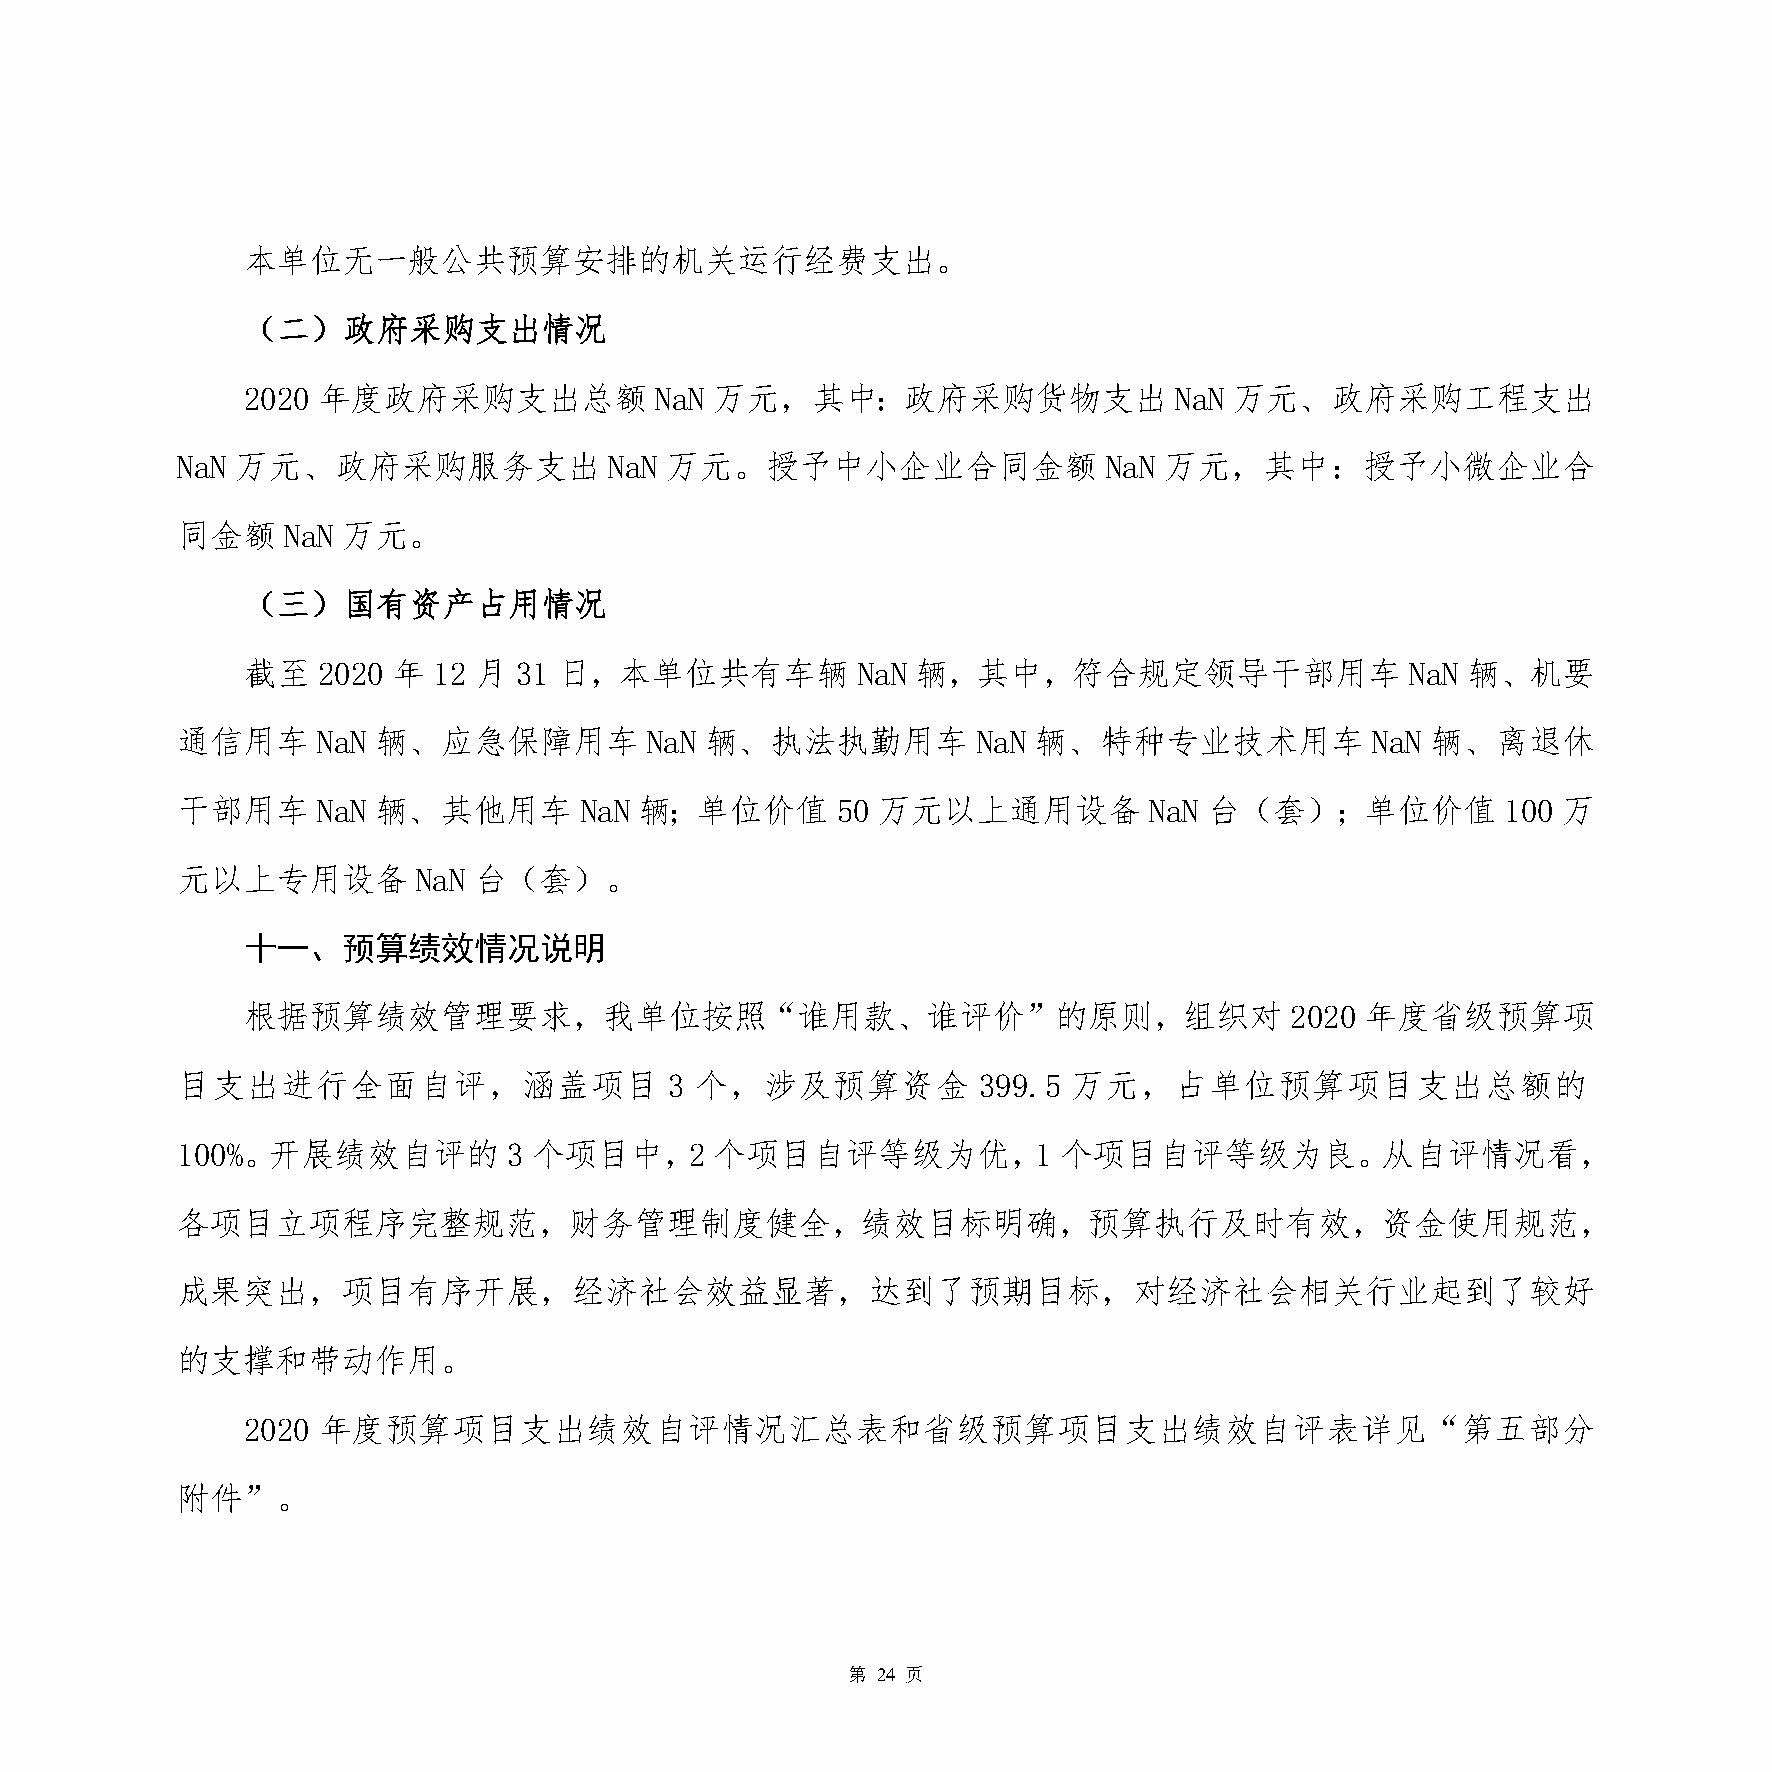
本单位无一般公共预算安排的机关运行经费支出。
 （二）政府采购支出情况
 2020 年度政府采购支出总额            NaN 万元，其中：政府采购货物支出                 NaN 万元、政府采购工程支出
 NaN 万元、政府采购服务支出             NaN 万元。授予中小企业合同金额                NaN 万元，其中：授予小微企业合
 同金额    NaN 万元。
 （三）国有资产占用情况
 截至   2020 年  12 月 31 日，本单位共有车辆           NaN 辆，其中，符合规定领导干部用车                 NaN 辆、机要
 通信用车     NaN 辆、应急保障用车          NaN 辆、执法执勤用车          NaN 辆、特种专业技术用车            NaN 辆、离退休
 干部用车     NaN 辆、其他用车       NaN 辆；单位价值       50 万元以上通用设备          NaN 台（套）；单位价值           100 万
 元以上专用设备         NaN 台（套）。
 十一、预算绩效情况说明
 根据预算绩效管理要求，我单位按照“谁用款、谁评价”的原则，组织对                                     2020 年度省级预算项
 目支出进行全面自评，涵盖项目                  3 个，涉及预算资金           399.5 万元，占单位预算项目支出总额的
 100%。开展绩效自评的          3 个项目中，2     个项目自评等级为优，1            个项目自评等级为良。从自评情况看，
 各项目立项程序完整规范，财务管理制度健全，绩效目标明确，预算执行及时有效，资金使用规范，
 成果突出，项目有序开展，经济社会效益显著，达到了预期目标，对经济社会相关行业起到了较好
 的支撑和带动作用。
 2020 年度预算项目支出绩效自评情况汇总表和省级预算项目支出绩效自评表详见“第五部分
 附件”。
 第 24 页